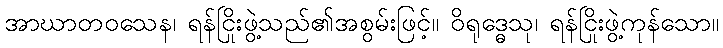
အာဃာတဝသေန၊ ရန်ငြိုးဖွဲ့သည်၏အစွမ်းဖြင့်။ ဝိရုဒ္ဓေသု၊ ရန်ငြိုးဖွဲ့ကုန်သော။